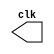
// --------------------------- 
// -- test clock generator (1)  
// -- JOS F. R. FONSECA - 405808
// --------------------------- 
 
module clock ( clk ); 
 output clk; 
 reg      clk; 
 initial 
  begin 
   clk = 1'b0; 
  end 
 
 always 
  begin 
   #12 clk = ~clk; 
  end 
 
endmodule // clock ( ) 
 
module Exemplo0041; 
 
 wire  clk; 
 clock CLK1 ( clk ); 
 
 initial begin 
  $dumpfile ( "Exemplo041.vcd");
  $dumpvars; 
 
  #120 $finish; 
 end 
 
endmodule // Exemplo041 ( )